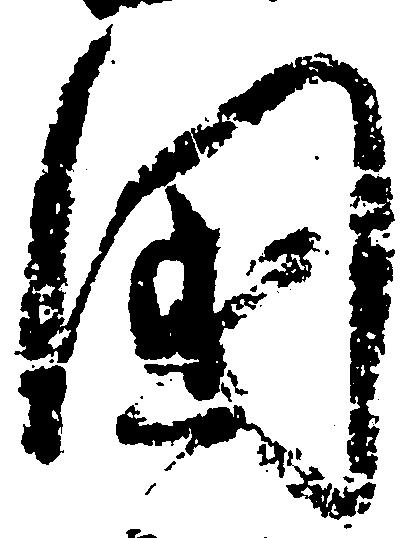
国